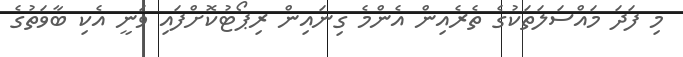
މި ފަދަ މައްސަލަތަކުގެ ތެރެއިން އެންމެ ގިނައިން ރިޕޯޓުކޮށްފައި ވަނީ އެކި ބާވަތުގެ